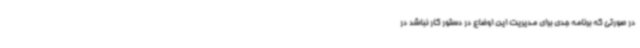
در صورتی که برنامه جدی برای مدیریت این اوضاع در دستور کار نباشد در